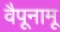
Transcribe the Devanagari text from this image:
वैपूनामू